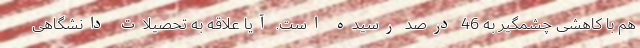
هم با کاهشی چشمگیر به 46 درصد رسیده است. آیا علاقه به تحصیلات دانشگاهی